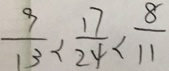
\frac { 9 } { 1 3 } < \frac { 1 7 } { 2 4 } < \frac { 8 } { 1 1 }